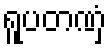
ရူပတဏှံ